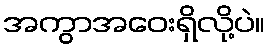
အကွာအဝေးရှိလို့ပဲ။